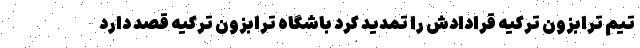
تیم ترابزون ترکیه قرادادش را تمدید کرد باشگاه ترابزون ترکیه قصد دارد